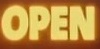
OPEN